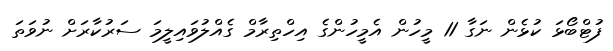
ފުޓްބޯޅަ ކުޅެން ނަގާ 11 މީހުން އެމީހުންގެ އިހްތިރާމް ގެއްލުވައިލީމަ ސަރުކާރަށް ނުވަތަ